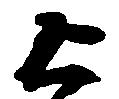
上